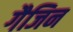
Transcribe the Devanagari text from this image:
गैजिन